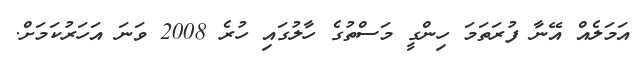
އަމަލެއް އޭނާ ފުރަތަމަ ހިންގީ މަސްތުގެ ހާލުގައި ހުރެ 2008 ވަނަ އަހަރުކަމަށް.